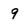
Character: 9